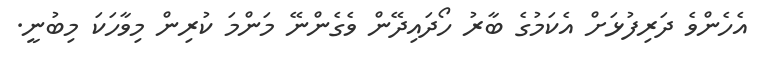
އެހެންވެ ދަރިފުޅަށް އެކަމުގެ ބާރު ހޯދައިދޭން ވެގެންނޭ މަންމަ ކުރިން މިވާހަކަ މިބުނީ.